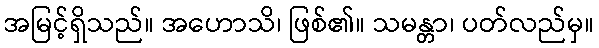
အမြင့်ရှိသည်။ အဟောသိ၊ ဖြစ်၏။ သမန္တာ၊ ပတ်လည်မှ။